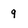
Character: 9